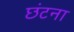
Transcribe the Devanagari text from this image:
छंटना